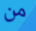
من